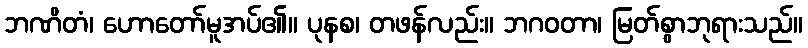
ဘဏိတံ၊ ဟောတော်မူအပ်၏။ ပုနစ၊ တဖန်လည်း။ ဘဂဝတာ၊ မြတ်စွာဘုရားသည်။